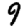
Digit: 9